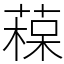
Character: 𦹂